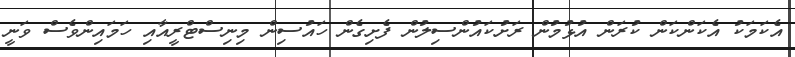
އެކަމަކު އެކަންކަން ކުރަން އުޅުމުން ރަށުކައުންސިލުން ފެށިގެން ހައުސިން މިނިސްޓްރީއާއި ހަމައިންވެސް ވަނީ